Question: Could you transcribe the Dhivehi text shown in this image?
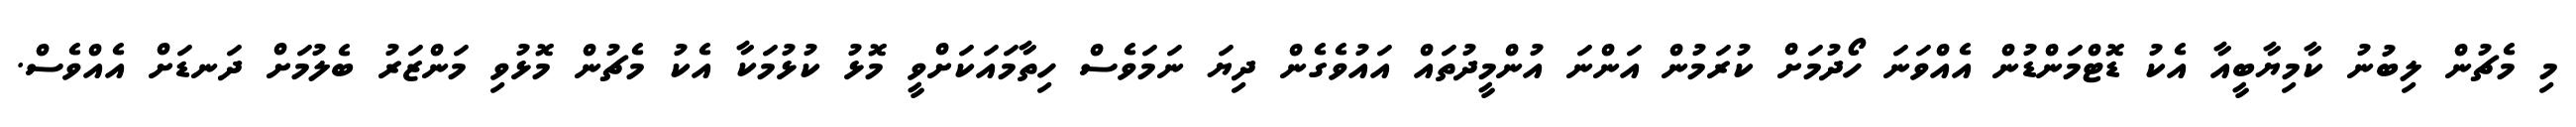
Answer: މި މެޗުން ލިބުނު ކާމިޔާބީއާ އެކު ޑޮޓްމަންޑުން އެއްވަނަ ހޯދުމަށް ކުރަމުން އަންނަ އުންމީދުތައް އައުވެގެން ދިޔަ ނަމަވެސް ހިތާމައަކަށްވީ މޮޅު ކުޅުމަކާ އެކު މެޗުން މޮޅުވި މަންޒަރު ބެލުމަށް ދަނޑަށް އެއްވެސް.